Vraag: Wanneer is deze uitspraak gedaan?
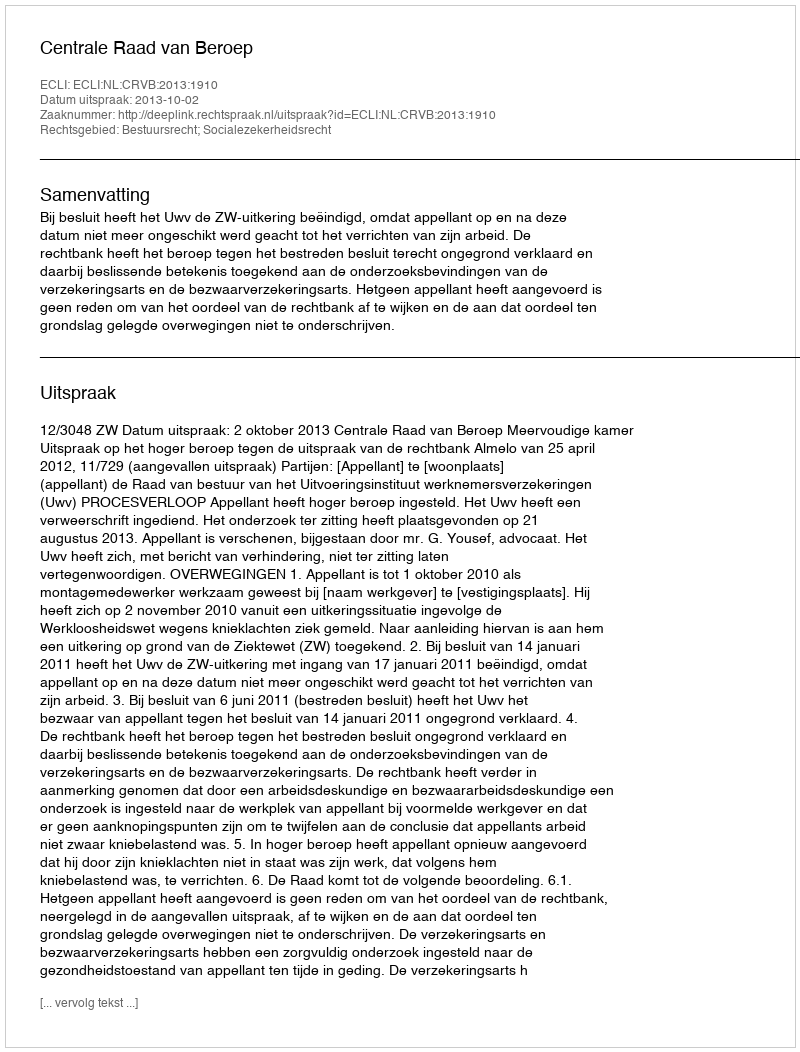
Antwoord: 2013-10-02